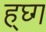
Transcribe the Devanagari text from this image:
ह्घ्ग